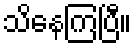
သိနေကြပြီ။